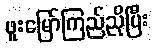
ဖူးမြော်ကြည်ညိုပြီး